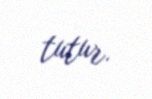
tutur.